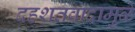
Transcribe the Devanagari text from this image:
दहशतवादामुळे